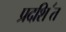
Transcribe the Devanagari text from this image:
प्रदशि॔त